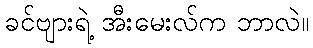
ခင်ဗျားရဲ့ အီးမေးလ်က ဘာလဲ။